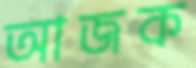
আজক